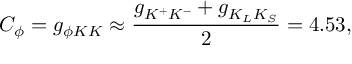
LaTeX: C _ { \phi } = g _ { \phi K K } \approx \frac { g _ { K ^ { + } K ^ { - } } + g _ { K _ { L } K _ { S } } } { 2 } = 4 . 5 3 ,